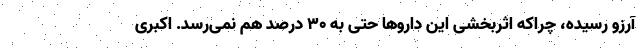
آرزو رسیده، چراکه اثربخشی این داروها حتی به ۳۰ درصد هم نمی‌رسد. اکبری